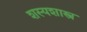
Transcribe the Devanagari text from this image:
शस्यशास्त्र